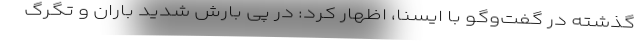
گذشته در گفت‌وگو با ایسنا، اظهار کرد: در پی بارش شدید باران و تگرگ